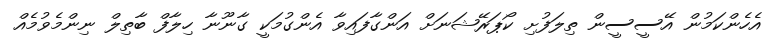
އެހެންކަމުން އޭސީސީން ތިލަފުށި ކޯޕަރޭޝަނަށް އަންގާފައިވާ އެންގުމަކީ ގާނޫނާ ހިލާފް ބާތިލް ނިންމެވުމެއް